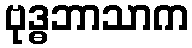
ဗုဒ္ဓဘာသာက